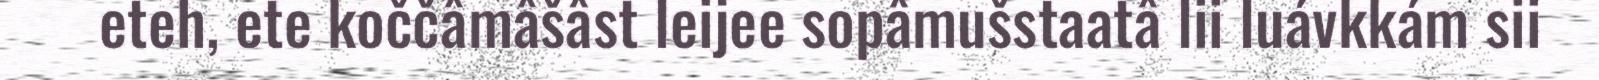
eteh, ete koččâmâšâst leijee sopâmušstaatâ lii luávkkám sii